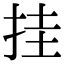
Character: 挂